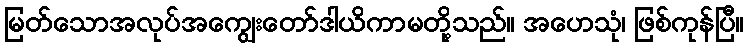
မြတ်သောအလုပ်အကျွေးတော်ဒါယိကာမတို့သည်။ အဟေသုံ၊ ဖြစ်ကုန်ပြီ။